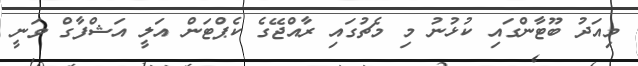
މިއަދު ބޫޓާންގައި ކުޅުނު މި މެޗުގައި ރާއްޖޭގެ ކެޕްޓަން އަލީ އަޝްފާގް ވަނީ